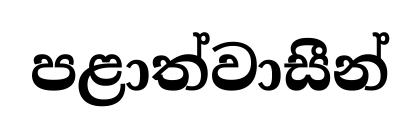
පළාත්වාසීන්